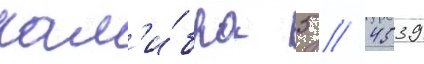
кал'и́бра 5 / 4539